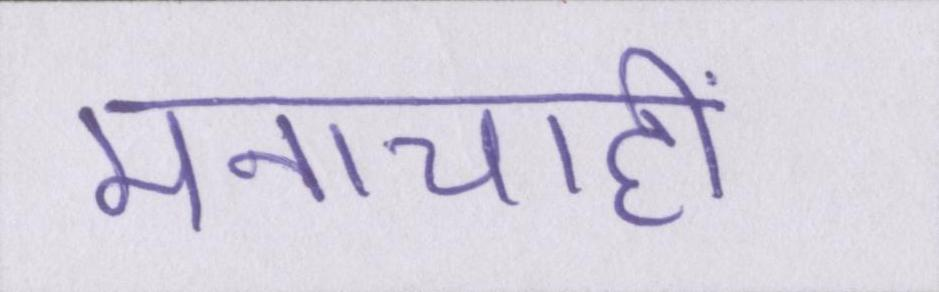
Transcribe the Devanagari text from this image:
मनाचाही